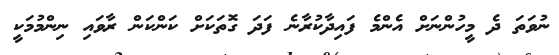
ނުވަތަ ދެ މީހުންނަށް އެންމެ ފައިދާކުރާނެ ފަދަ ގޮތަކަށް ކަންކަން ރާވައި ނިންމުމަކީ